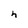
Character: h